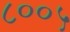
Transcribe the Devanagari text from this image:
८००५